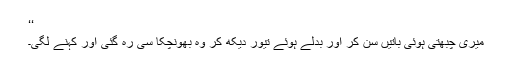
‘‘
میری چبھتی ہُوئی باتیں سُن کر اور بدلے ہوئے تیور دیکھ کر وہ بھونچکا سی رہ گئی اور کہنے لگی۔